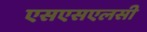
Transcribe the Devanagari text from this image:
एसएसएलसी